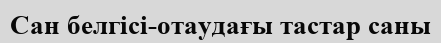
Сан белгісі-отаудағы тастар саны